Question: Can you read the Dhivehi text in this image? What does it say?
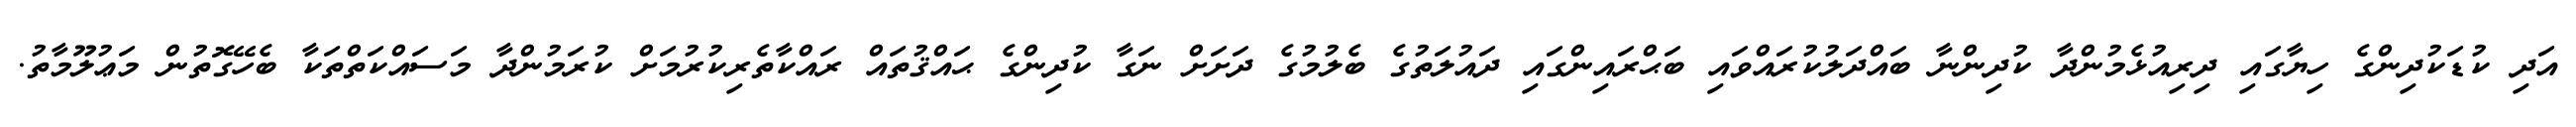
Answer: އަދި ކުޑަކުދިންގެ ހިޔާގައި ދިރިއުޅެމުންދާ ކުދިންނާ ބައްދަލުކުރައްވައި ބަޙްރައިންގައި ދައުލަތުގެ ބެލުމުގެ ދަށަށް ނަގާ ކުދިންގެ ޙައްޤުތައް ރައްކާތެރިކުރުމަށް ކުރަމުންދާ މަސައްކަތްތަކާ ބެހޭގޮތުން މަޢުލޫމާތު.